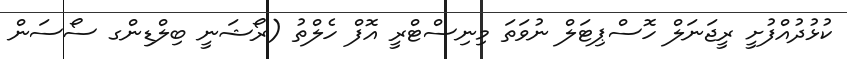
ކުޅުދުއްފުށީ ރީޖަނަލް ހޮސްޕިޓަލް ނުވަތަ މިނިސްޓްރީ އޮފް ހެލްތު (ރޯޝަނީ ބިލްޑިންގ ސޯސަން